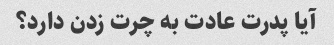
آیا پدرت عادت به چرت زدن دارد؟